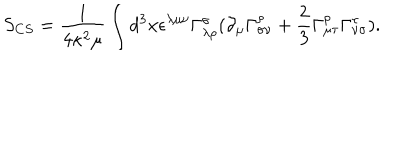
LaTeX: S _ { C S } = \frac { 1 } { 4 \kappa ^ { 2 } \mu } \int d ^ { 3 } x \epsilon ^ { \lambda \mu \nu } \Gamma _ { \lambda \rho } ^ { \sigma } ( \partial _ { \mu } \Gamma _ { \sigma \nu } ^ { \rho } + \frac { 2 } { 3 } \Gamma _ { \mu \tau } ^ { \rho } \Gamma _ { \nu \sigma } ^ { \tau } ) .